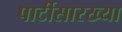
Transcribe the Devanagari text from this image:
पार्टीसारख्या